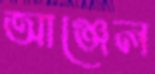
আঞ্জেল